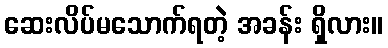
ဆေးလိပ်မသောက်ရတဲ့ အခန်း ရှိလား။